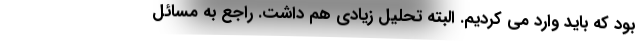
بود که باید وارد می کردیم. البته تحلیل زیادی هم داشت. راجع به مسائل